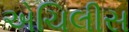
એચિલીસ